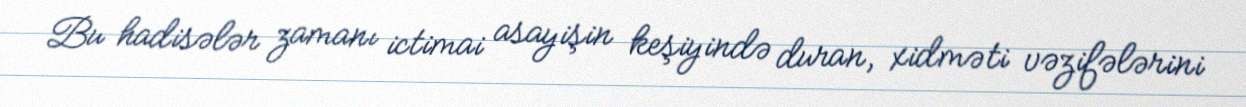
Bu hadisələr zamanı ictimai asayişin keşiyində duran, xidməti vəzifələrini